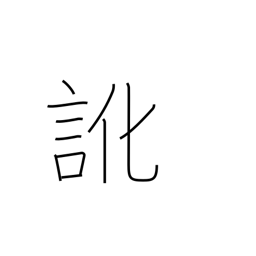
Meaning: dialect